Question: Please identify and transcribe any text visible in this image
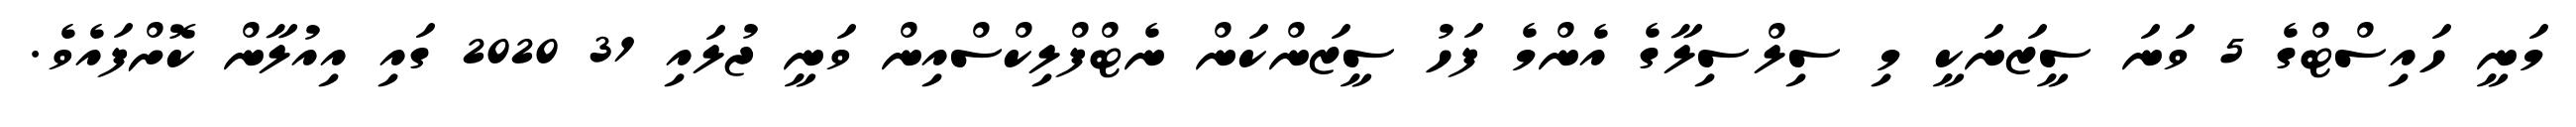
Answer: މަނީ ހައިސްޓްގެ 5 ވަނަ ސީޒަނަކީ މި ސިލްސިލާގެ އެންމެ ފަހު ސީޒަންކަން ނެޓްފްލިކްސްއިން ވަނީ ޖުލައި 31 2020 ގައި އިއުލާން ކޮށްފައެވެ.